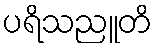
ပရိသညူတိ